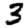
Digit: 3